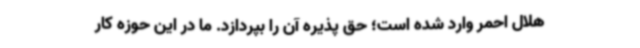
هلال احمر وارد شده است؛ حق پذیره آن را بپردازد. ما در این حوزه کار